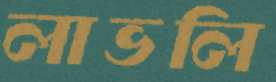
লাভলি